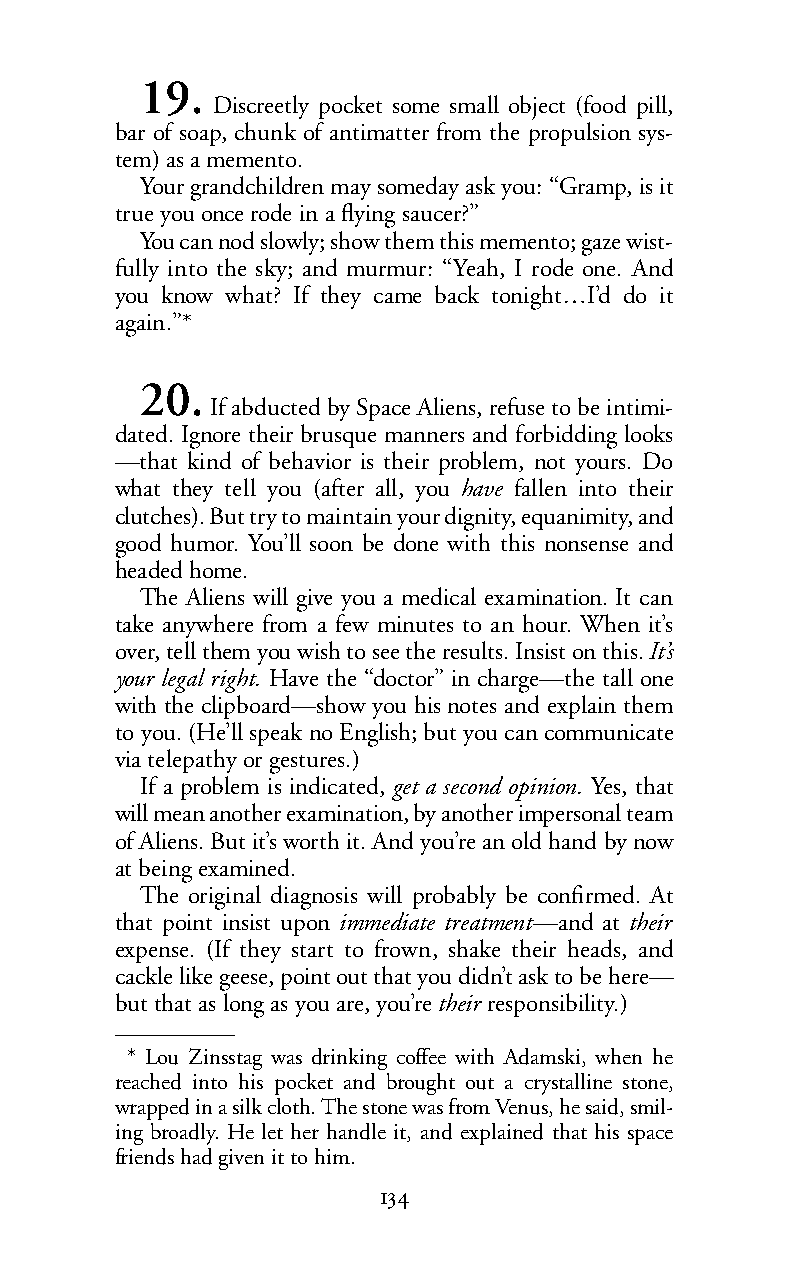
19.
 Discreetly pocket some small object (food pill,
 bar of soap, chunk of antimatter from the propulsion sys-
 tem) as a memento.
 Your grandchildren may someday ask you: “Gramp, is it
 true you once rode in a flying saucer?”
 You can nod slowly; show them this memento; gaze wist-
 fully into the sky; and murmur: “Yeah, I rode one. And
 you know what? If they came back tonight…I’d do it
 again.”*
 20.
 If abducted by Space Aliens, refuse to be intimi-
 dated. Ignore their brusque manners and forbidding looks
 —that kind of behavior is their problem, not yours. Do
 what they tell you (after all, you have fallen into their
 clutches). But try to maintain your dignity, equanimity, and
 good humor. You’ll soon be done with this nonsense and
 headed home.
 The Aliens will give you a medical examination. It can
 take anywhere from a few minutes to an hour. When it’s
 over,tell them you wish to see the results. Insist on this.It’s
 your legal right. Have the “doctor” in charge—the tall one
 with the clipboard—show you his notes and explain them
 to you. (He’ll speak no English; but you can communicate
 via telepathy or gestures.)
 If a problem is indicated,get a second opinion. Yes, that
 will mean another examination, by another impersonal team
 of Aliens. But it’s worth it. And you’re an old hand by now
 at being examined.
 The original diagnosis will probably be confirmed. At
 that point insist upon immediate treatment—and at their
 expense. (If they start to frown, shake their heads, and
 cackle like geese, point out that you didn’t ask to be here—
 butthat as long as you are, you’retheir responsibility.)
 * Lou Zinsstag was drinking coffee with Adamski, when he
 reached into his pocket and brought out a crystalline stone,
 wrapped in a silk cloth. The stone was from Venus, he said, smil-
 ing broadly. He let her handle it, and explained that his space
 friends had given it to him.
 